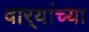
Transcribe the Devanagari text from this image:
वार्‍यांच्या